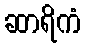
ဆာရိကံ